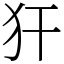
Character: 犴